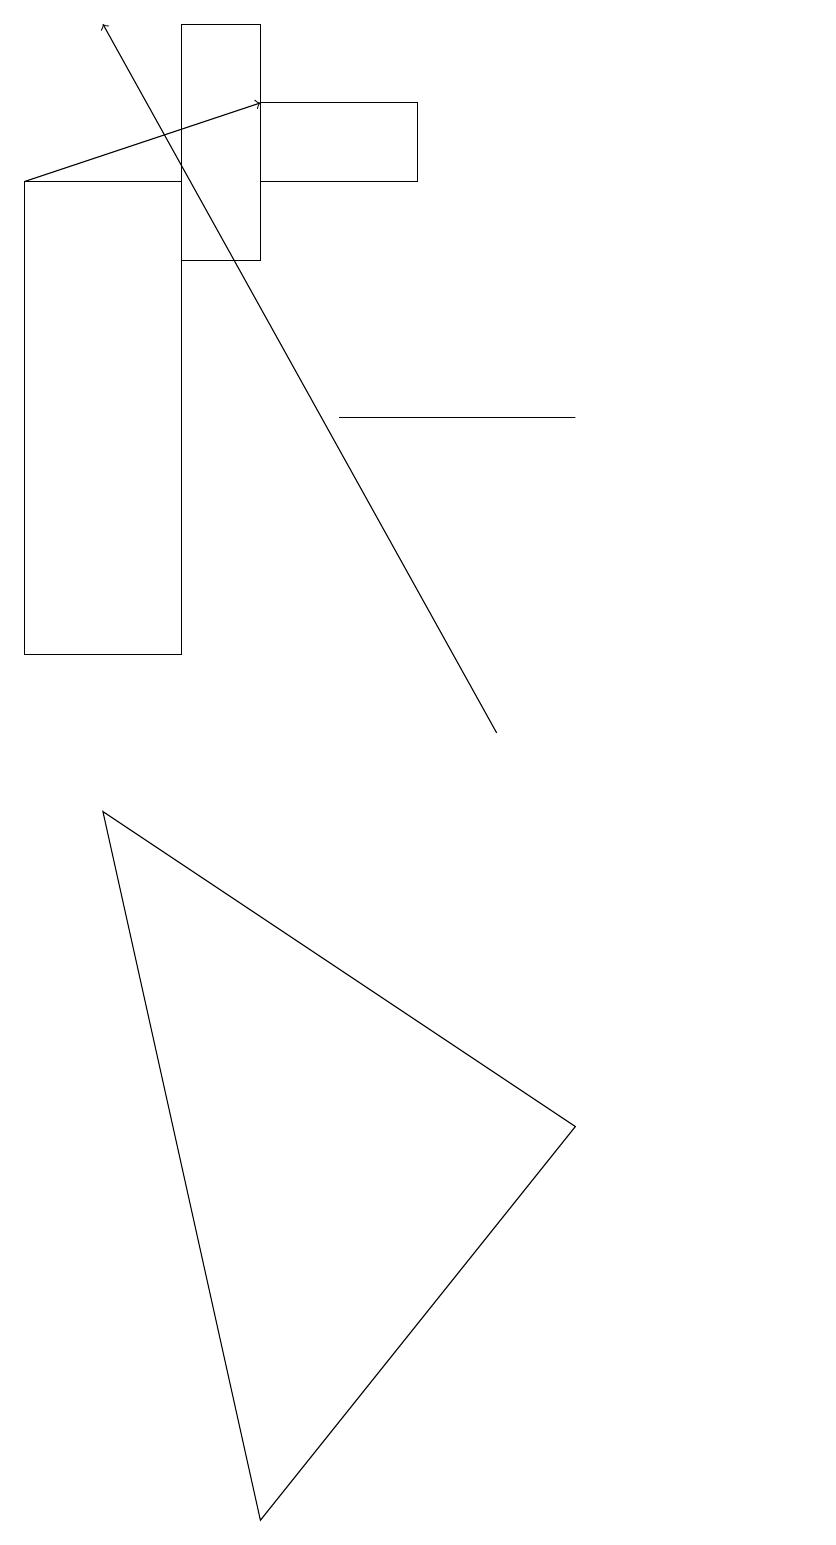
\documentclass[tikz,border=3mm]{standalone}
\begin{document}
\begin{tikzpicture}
\draw (2,9) -- (8,5) -- (4,0) -- cycle;
\draw[->] (7,10) -- (2,19);
\draw (6,17) rectangle (4,18);
\draw (1,11) rectangle (3,17);
\draw (3,16) rectangle (4,19);
\draw (8,14) rectangle (5,14);
\draw[->] (1,17) -- (4,18);
\draw (11,11) circle (0);
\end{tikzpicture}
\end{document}